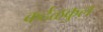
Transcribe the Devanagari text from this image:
कर्दळकुल